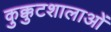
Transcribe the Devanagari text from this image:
कुक्कुटशालाओं